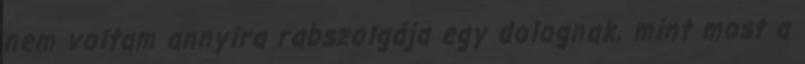
nem voltam annyira rabszolgája egy dolognak, mint most a